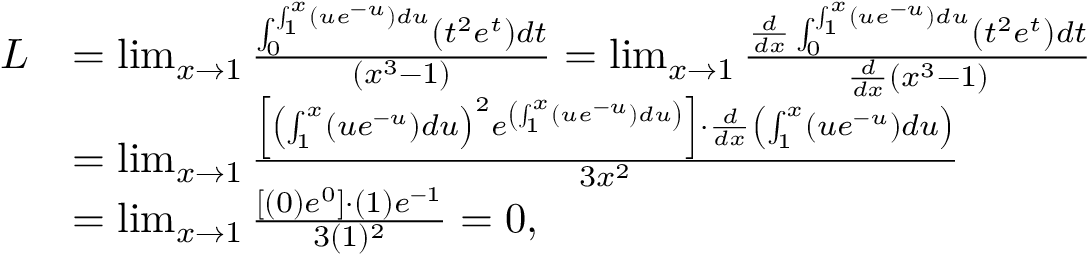
\begin{array} { r l } { L } & { = \operatorname* { l i m } _ { x \to 1 } \frac { \int _ { 0 } ^ { \int _ { 1 } ^ { x } \left( u e ^ { - u } \right) d u } \left( t ^ { 2 } e ^ { t } \right) d t } { \left( x ^ { 3 } - 1 \right) } = \operatorname* { l i m } _ { x \to 1 } \frac { \frac { d } { d x } \int _ { 0 } ^ { \int _ { 1 } ^ { x } \left( u e ^ { - u } \right) d u } \left( t ^ { 2 } e ^ { t } \right) d t } { \frac { d } { d x } \left( x ^ { 3 } - 1 \right) } } \\ & { = \operatorname* { l i m } _ { x \to 1 } \frac { \left[ \left( \int _ { 1 } ^ { x } \left( u e ^ { - u } \right) d u \right) ^ { 2 } e ^ { \left( \int _ { 1 } ^ { x } \left( u e ^ { - u } \right) d u \right) } \right] \cdot \frac { d } { d x } \left( \int _ { 1 } ^ { x } \left( u e ^ { - u } \right) d u \right) } { 3 x ^ { 2 } } } \\ & { = \operatorname* { l i m } _ { x \to 1 } \frac { [ ( 0 ) e ^ { 0 } ] \cdot ( 1 ) e ^ { - 1 } } { 3 ( 1 ) ^ { 2 } } = 0 , } \end{array}